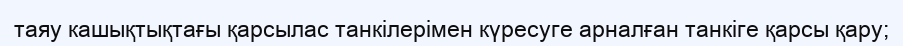
таяу кашықтықтағы қарсылас танкілерімен күресуге арналған танкіге қарсы қару;